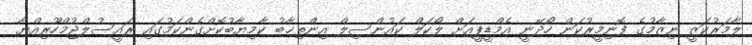
ލާމަރުކަޒީ ނިޒާމުގެ ފޮނިމީރުކަން ހޯދޭނީ އެމްޑީޕީއަށް ލޯކަލް ކައުންސިލް އިންތިޚާބު ކާމިޔާބުކޮށްގެންކަމުގައި ރައީސުލްޖުމްހޫރިއްޔާ